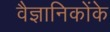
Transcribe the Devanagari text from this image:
वैज्ञानिकोंके